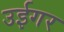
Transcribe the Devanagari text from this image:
उईगर